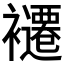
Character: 𮖽